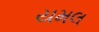
યમલ